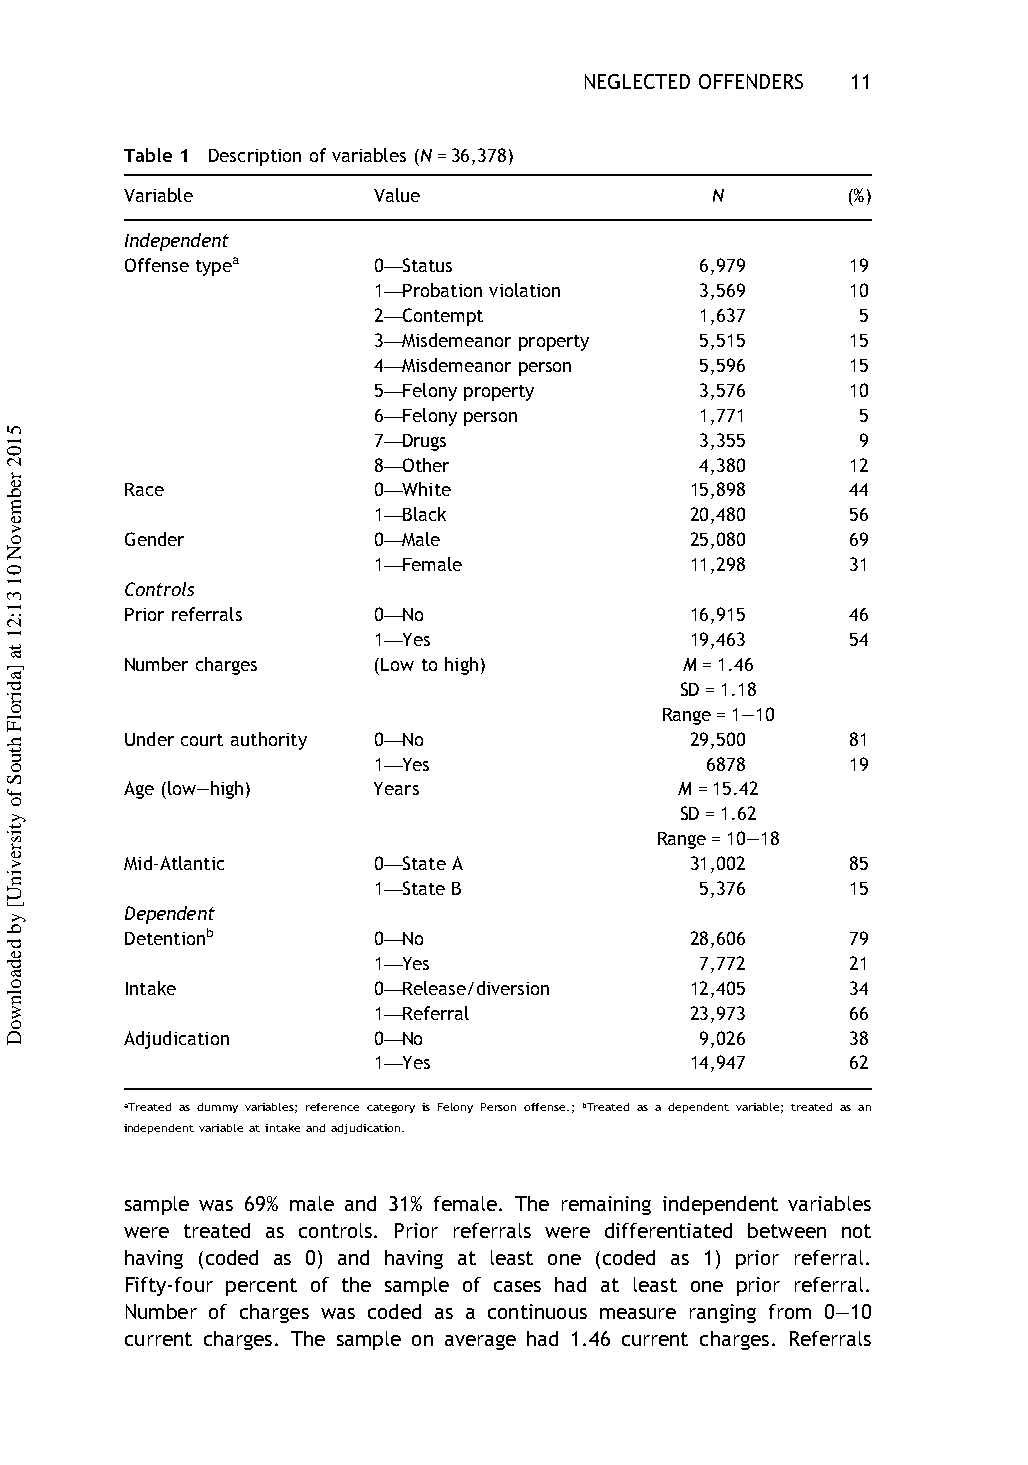
NEGLECTED OFFENDERS 11
 Table 1 Description of variables(N=36,378)
 Variable         Value                 N        (%)
 Independent
 Offense typea    0—Status             6,979     19
 1—Probation violation 3,569    10
 2—Contempt           1,637      5
 3—Misdemeanor property 5,515   15
 4—Misdemeanor person 5,596     15
 5—Felony property    3,576     10
 6—Felony person      1,771      5
 7—Drugs              3,355      9
 8—Other              4,380     12
 Race             0—White              15,898    44
 1—Black              20,480    56
 Gender           0—Male               25,080    69
 1—Female             11,298    31
 Controls
 Prior referrals  0—No                 16,915    46
 1—Yes                19,463    54
 Number charges   (Low to high)       M=1.46
 SD=1.18
 Range=1–10
 Undercourt authority 0—No             29,500    81
 1—Yes                 6878     19
 Age(low–high)    Years               M=15.42
 SD=1.62
 Range=10–18
 Mid-Atlantic     0—State A            31,002    85
 1—State B            5,376     15
 Dependent
 Detentionb       0—No                 28,606    79
 1—Yes                7,772     21
 Intake           0—Release/diversion  12,405    34
 1—Referral           23,973    66
 Adjudication     0—No                 9,026     38
 1—Yes                14,947    62
 aTreated as dummy variables; reference category is Felony Person offense.; bTreated as a dependent variable; treated as an
 independentvariableatintakeandadjudication.
 sample was 69% male and 31% female. The remaining independent variables
 were treated as controls. Prior referrals were differentiated between not
 having (coded as 0) and having at least one (coded as 1) prior referral.
 Fifty-four percent of the sample of cases had at least one prior referral.
 Number of charges was coded as a continuous measure ranging from 0–10
 current charges. The sample on average had 1.46 current charges. Referrals
 5102
 rebmevoN
 01
 31:21
 ta
 ]adirolF
 htuoS
 fo
 ytisrevinU[
 yb
 dedaolnwoD